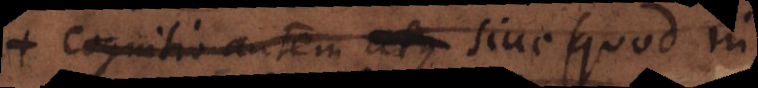
Cognitio autem atque sive (quod in